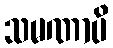
သမဏာပိ